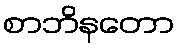
စာဘိနတော